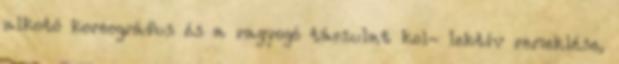
alkotó koreográfus és a ragyogó társulat kol- lektív remeklése,